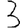
Digit: 3